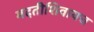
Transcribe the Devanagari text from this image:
मदतीशिवायच